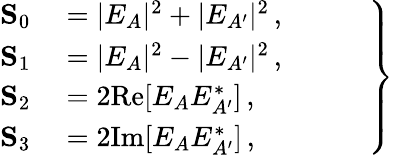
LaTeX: \left.\begin{array}{rl}{\mathbf{S}_{0}}&{{}=|E_{A}|^{2}+|E_{A^{\prime}}|^{2}\, ,\phantom{ZZZZ}}\\ {\mathbf{S}_{1}}&{{}=|E_{A}|^{2}-|E_{A^{\prime}}|^{2}\, ,}\\ {\mathbf{S}_{2}}&{{}=2\mathrm{Re}[E_{A}E_{A^{\prime}}^{\ast}]\, ,}\\ {\mathbf{S}_{3}}&{{}=2\mathrm{Im}[E_{A}E_{A^{\prime}}^{\ast}]\, ,}\end{array}\right\}